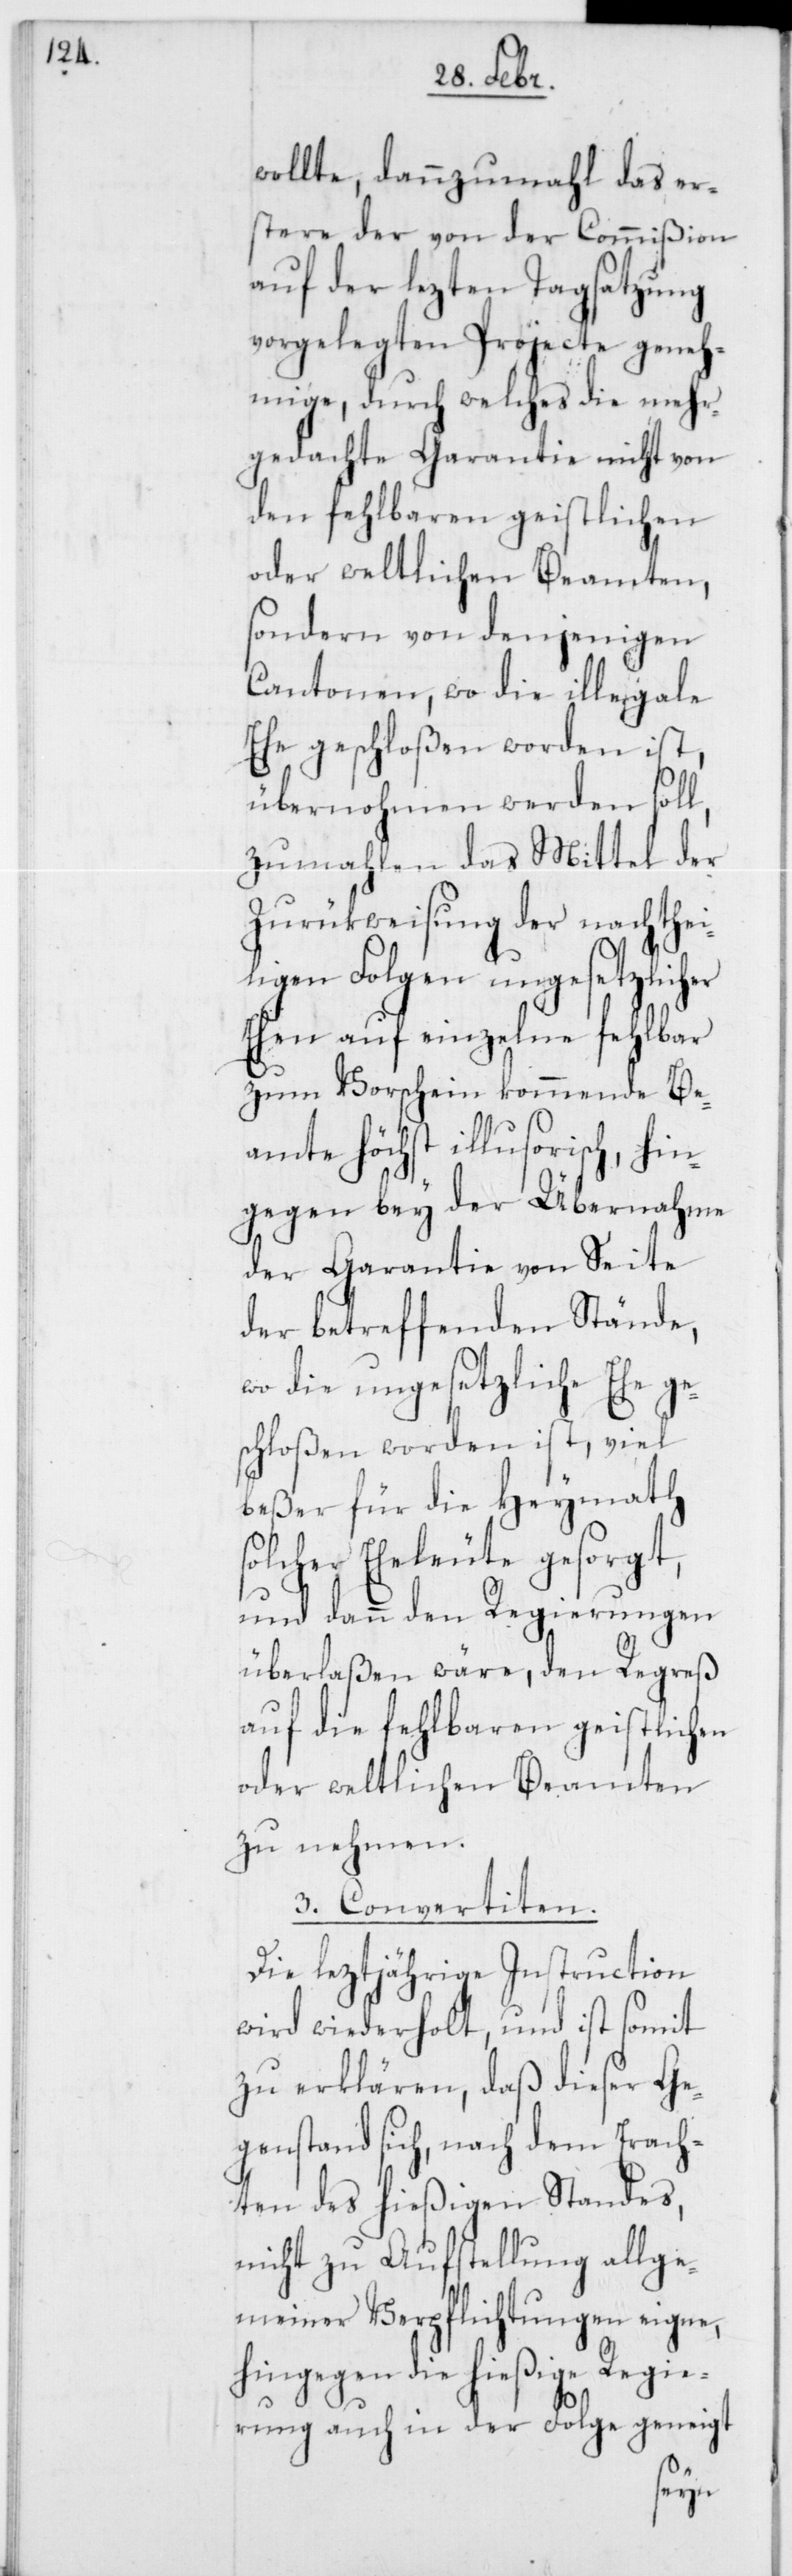
wollte, dannzumahl das er¬
stere der von der Commißion
auf den lezten Tagsatzung
vorgelegten Projecte geneh¬
mige, durch welches die mehr¬
gedachte Garantie nicht von
den fehlbaren geistlichen
oder weltlichen Beamten,
sondern von denjenigen
Cantonen, wo die illegale
Ehe geschloßen worden ist,
übernohmen werden soll,
zumahlen das Mittel der
Zurükweisung der nachthei¬
ligen Folgen ungesetzlicher
Ehen auf einzelne fehlbar
zum Vorschein kommende Be¬
amte höchst illusorisch, hin¬
gegen bey der Übernahme
der Garantie von Seite
der betreffenden Stände,
wo die ungesetzliche Ehe ge¬
schloßen worden ist, viel
beßer für die Heymath
solcher Eheleute gesorgt,
und dann den Regierungen
überlaßen wäre, den Regreß
auf die fehlbaren geistlichen
oder weltlichen Beamten
zu nehmen.
3. Convertiten.
Die leztjährige Instruction
wird wiederholt, und ist somit
zu erklären, daß dieser Ge¬
genstand sich, nach dem Erach¬
ten des hießigen Standes,
nicht zu Aufstellung allge¬
meiner Verpflichtungen eigne,
hingegen die hießige Regie¬
rung auch in der Folge geneigt